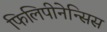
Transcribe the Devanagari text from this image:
फिलिपीनेन्सिस